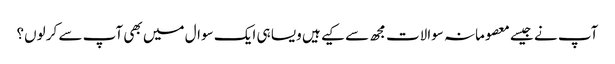
آپ نے جیسے معصومانہ سوالات مجھ سے کیے ہیں ویسا ہی ایک سوال میں بھی آپ سے کر لوں؟